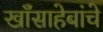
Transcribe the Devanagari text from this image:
खाँसाहेबांचे